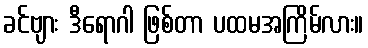
ခင်ဗျား ဒီရောဂါ ဖြစ်တာ ပထမအကြိမ်လား။